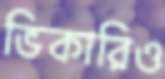
ভিকারিও